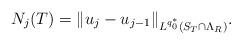
LaTeX: \begin{align*} N_j(T)=\|u_j - u_{j-1}\|_{L^{q_0^\ast}(S_T \cap \Lambda_{R})}.\end{align*}